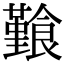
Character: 𩞎